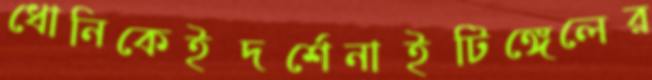
ধোনিকেইদর্শেনাইটিঙ্গেলের